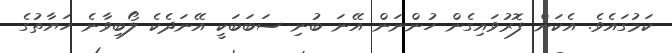
ކަމުގައެވެ. އެކަން ފޮރުވައިގެން ހުންނަން އޭނަ ބުނި ސަބަބަކީ އޭނަދެކެ ލޯބިވާނެ ހަޔާތުގެ